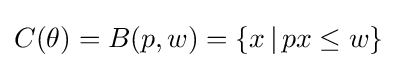
C(\theta )=B(p,w)=\{x\,|\,px\leq w\}